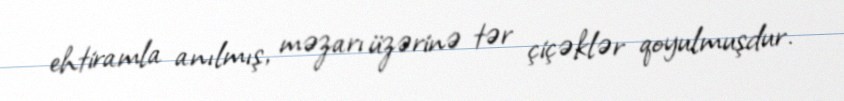
ehtiramla anılmış, məzarı üzərinə tər çiçəklər qoyulmuşdur.